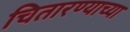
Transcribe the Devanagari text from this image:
चितारण्याच्या